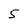
Character: 5